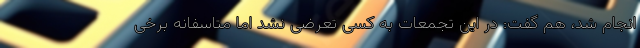
انجام شد، هم گفت: در این تجمعات به کسی تعرضی نشد اما متاسفانه برخی